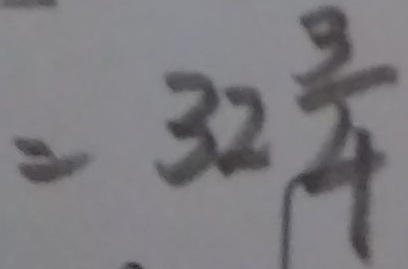
= 3 2 \frac { 3 } { 4 }